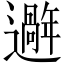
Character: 𫑑